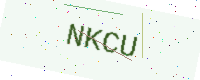
Text: NKCU